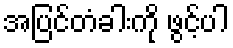
အပြင်တံခါးကို ဖွင့်ပါ